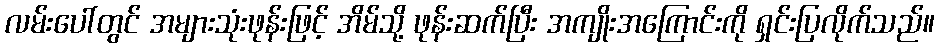
လမ်းပေါ်တွင် အများသုံးဖုန်းဖြင့် အိမ်သို့ ဖုန်းဆက်ပြီး အကျိုးအကြောင်းကို ရှင်းပြလိုက်သည်။